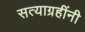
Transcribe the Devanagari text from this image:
सत्याग्रहींनी